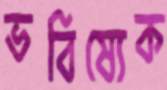
ভবিষ্যেক